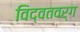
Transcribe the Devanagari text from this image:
विद्वतवर्ग